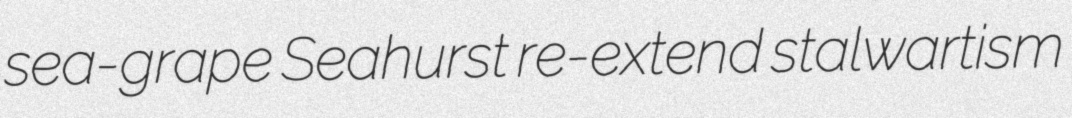
sea-grape Seahurst re-extend stalwartism